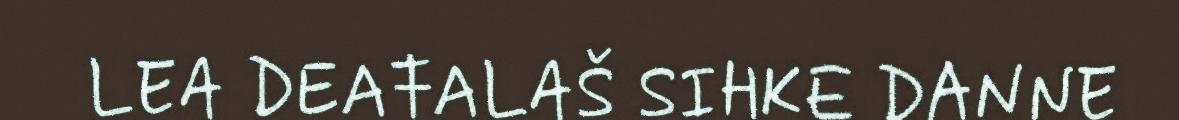
LEA DEAŦALAŠ SIHKE DANNE